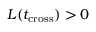
L ( t _ { \mathrm { c r o s s } } ) > 0